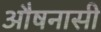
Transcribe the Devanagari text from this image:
औषनासी